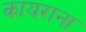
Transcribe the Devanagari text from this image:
कायराना